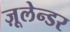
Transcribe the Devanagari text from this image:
ज़ूलेन्डर